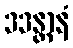
ဒဒန္တာနံ